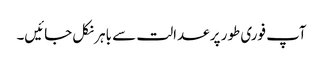
آپ فوری طور پر عدالت سے باہر نکل جائیں۔